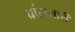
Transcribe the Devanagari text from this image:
बांसभारी